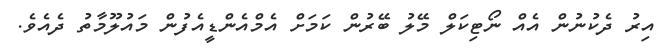
އިރު ދެކުނުން އެއް ނޯޓިކަލް މޭލު ބޭރުން ކަމަށް އެމްއެންޑީއެފުން މައުލޫމާތު ދެއެވެ.